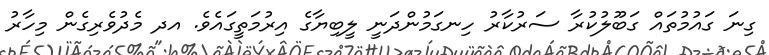
ގިނަ ގައުމުތައް ގަބޫލުކުރާ ސަރުކާރު ހިނގަމުންދަނީ ލީބިޔާގެ އިރުމަތީގައެވެ. އދ މެދުވެރިގެން މިހާރު